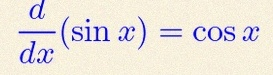
\frac{d}{dx}(\sin x)=\cos x